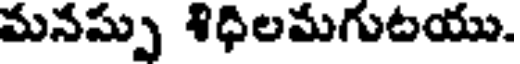
మనస్సు శిధిలమగుటయు.